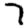
Digit: 7